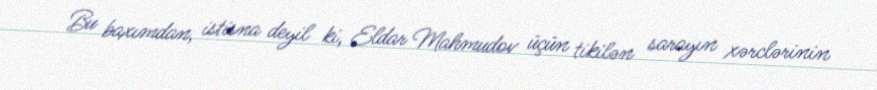
Bu baxımdan, istisna deyil ki, Eldar Mahmudov üçün tikilən sarayın xərclərinin